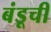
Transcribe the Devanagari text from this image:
बंडूची